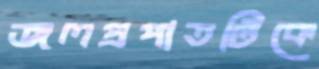
জলপ্রপাতটিকে